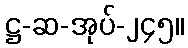
ဋ္ဌ-ဆ-အုပ်-၂၄၅။